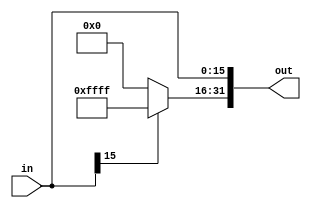
module tuozhan(in,out);
input [15:0] in;
output [31:0] out;

assign out[15:0]=in;
assign out[31:16]=in[15]?16'hffff:16'h0000;

endmodule